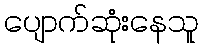
ပျောက်ဆုံးနေသူ